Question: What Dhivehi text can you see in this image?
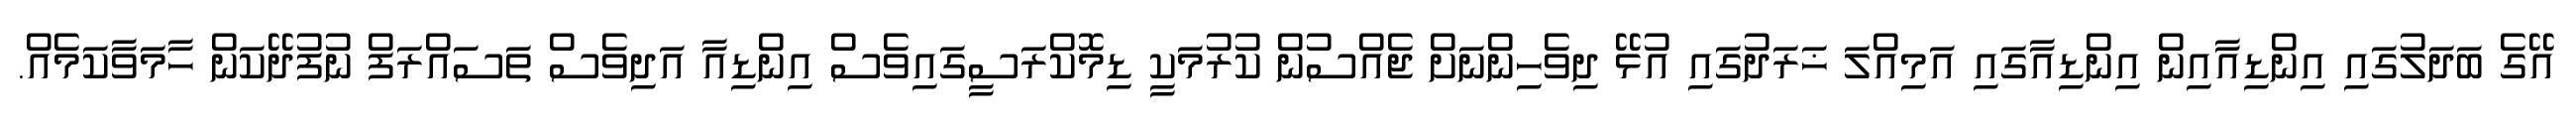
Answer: އޭގެ ބަދަލުގައި އިންޑިއާއިން އިންޑިއާގައި އަމިއްލަ ޚަރަދުގައި އުޅޭ ދިވެހިންނަށް ޖެއްސުން ކުރުމަކީ ޑިމޮކްރަސީގައިވެސް އިންޑިއާ އަދިވެސް ތަސައްރަފް ނުފުދޭކަން ހާމަވާކަމެއް.